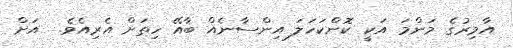
އާމިރުގެ މަންމަ އަކީ ކޮންކަހަލަ އިންސާނެއް ބާއޭ ހިތަށް އެރިއެވެ.  އަށް